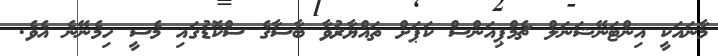
މާނައަކީ އިންޓަނޭޝަނަލް ޗެމްޕިއަންސް ކަޕަށް ތައްޔާރުވާ ބާސާގެ ސްކޮޑުގައި މެސީ ހިމެނޭނެ އެވެ.